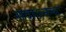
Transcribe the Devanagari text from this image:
सदाऽनन्दः